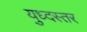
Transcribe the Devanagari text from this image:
युध्दस्तर